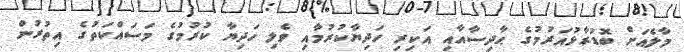
މާލެއަށް ބޮޑުރާޅުއަރުމުގެ ޙާދިސާއާއި އަކިރި ހަދިޔާކުރުމާއި ވެލި ހަދިޔާ ކުރުމުގެ މަސައްކަތުގެ އިތުރުން